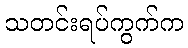
သတင်းရပ်ကွက်က